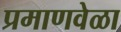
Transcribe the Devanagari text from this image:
प्रमाणवेळा